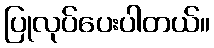
ပြုလုပ်ပေးပါတယ်။